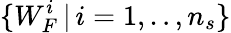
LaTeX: \{ W_{F}^{i}\, |\, i=1,..,n_{s}\}